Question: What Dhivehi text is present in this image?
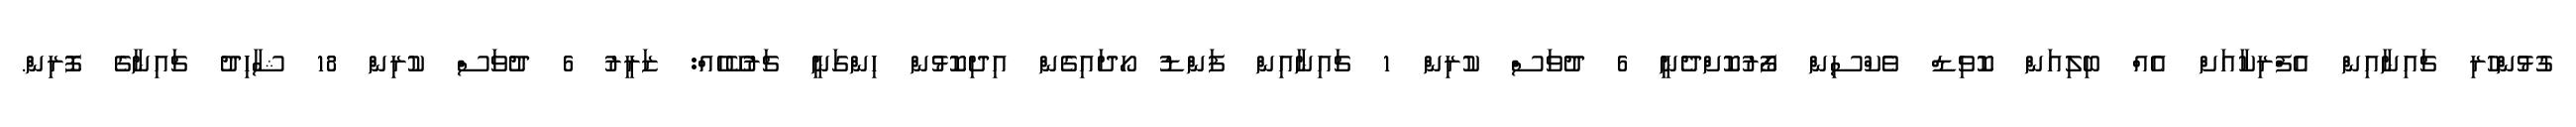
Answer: ގުޅުންހުރި ޗައިނާއިން އެފްރިކާއަށް އެއް ބިލިއަން ކޮވިޑް ވެކްސިން ފޯރުކޮށްދެނީ 6 ދުވަސް ކުރިން 1 ޗައިނާއިން ފަންޑު ހޯދައިގެން އިދިކޮޅުން ހިންގަނީ ޗަރުކޭހެއް: ޒަރީރު 6 ދުވަސް ކުރިން 18 ޝާހިދު ޗައިނާގެ ފޮރިން.